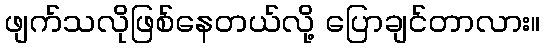
ဖျက်သလိုဖြစ်နေတယ်လို့ ပြောချင်တာလား။